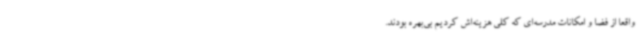
واقعاً از فضا و امکانات مدرسه‌ای که کلی هزینه‌اش کردیم بی‌بهره بودند.